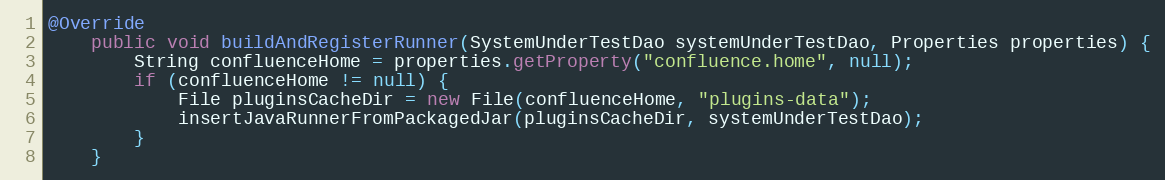
Language: Java
@Override
    public void buildAndRegisterRunner(SystemUnderTestDao systemUnderTestDao, Properties properties) {
        String confluenceHome = properties.getProperty("confluence.home", null);
        if (confluenceHome != null) {
            File pluginsCacheDir = new File(confluenceHome, "plugins-data");
            insertJavaRunnerFromPackagedJar(pluginsCacheDir, systemUnderTestDao);
        }
    }